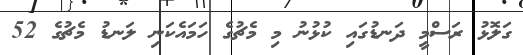
ގަލޮޅު ރަސްމީ ދަނޑުގައި ކުޅުނު މި މެޗުގެ ހަމައެކަނި ލަނޑު މެޗުގެ 52